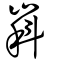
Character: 嵙